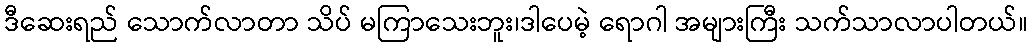
ဒီဆေးရည် သောက်လာတာ သိပ် မကြာသေးဘူး၊ဒါပေမဲ့ ရောဂါ အများကြီး သက်သာလာပါတယ်။